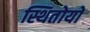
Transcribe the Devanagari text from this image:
स्थितोयों